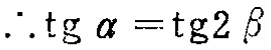
\(\therefore \mathrm{tg}\,\alpha = \mathrm{tg}\,2\beta\)